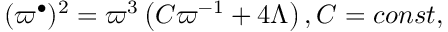
( \varpi ^ { \bullet } ) ^ { 2 } = \varpi ^ { 3 } \left( C \varpi ^ { - 1 } + 4 \Lambda \right) , C = c o n s t ,